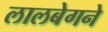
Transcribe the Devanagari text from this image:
लालबेगने